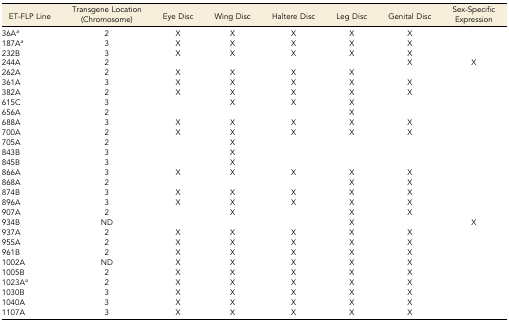
| ET-FLP Line | Transgene Location (Chromosome) | Eye Disc | Wing Disc | Haltere Disc | Leg Disc | Genital Disc | Sex-Specific Expression |
 | --- | --- | --- | --- | --- | --- | --- | --- |
 | 36Aa | 2 | X | X | X | X | X |  |
 | 187Aa | 3 | X | X | X | X | X |  |
 | 232B | 3 | X | X | X | X | X |  |
 | 244A | 2 |  |  |  |  | X | X |
 | 262A | 2 | X | X | X | X |  |  |
 | 361A | 3 | X | X | X | X | X |  |
 | 382A | 2 | X | X | X | X | X |  |
 | 615C | 3 |  | X | X | X |  |  |
 | 656A | 2 |  |  |  | X |  |  |
 | 688A | 3 | X | X | X | X | X |  |
 | 700A | 2 | X | X | X | X | X |  |
 | 705A | 2 |  | X |  |  |  |  |
 | 843B | 3 |  | X |  |  |  |  |
 | 845B | 3 |  | X |  |  |  |  |
 | 866A | 3 | X | X | X | X | X |  |
 | 868A | 2 |  |  |  | X | X |  |
 | 874B | 3 | X | X | X | X | X |  |
 | 896A | 3 | X | X | X | X | X |  |
 | 907A | 2 |  | X |  | X | X |  |
 | 934B | ND |  |  |  | X |  | X |
 | 937A | 2 | X | X | X | X | X |  |
 | 955A | 2 | X | X | X | X | X |  |
 | 961B | 2 | X | X | X | X | X |  |
 | 1002A | ND | X | X | X | X | X |  |
 | 1005B | 2 | X | X | X | X | X |  |
 | 1023Aa | 2 | X | X | X | X | X |  |
 | 1030B | 3 | X | X | X | X | X |  |
 | 1040A | 3 | X | X | X | X | X |  |
 | 1107A | 3 | X | X | X | X | X |  |